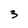
Character: 3